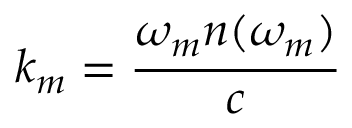
k _ { m } = \cfrac { \omega _ { m } n ( \omega _ { m } ) } { c }